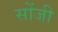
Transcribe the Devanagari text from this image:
सोंजी